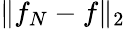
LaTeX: \| f_{N}-f\| _{2}